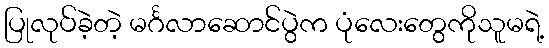
ပြုလုပ်ခဲ့တဲ့ မင်္ဂလာဆောင်ပွဲက ပုံလေးတွေကိုသူမရဲ့